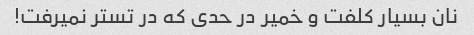
نان بسیار کلفت و خمیر در حدی که در تستر نمیرفت!